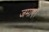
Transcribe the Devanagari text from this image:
जमाए।